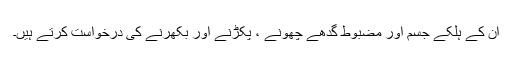
ان کے ہلکے جسم اور مضبوط گدھے چھونے ، پکڑنے اور بکھرنے کی درخواست کرتے ہیں۔